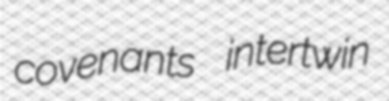
covenants intertwin